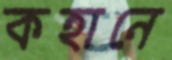
কহানে